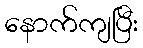
နောက်ကျပြီး